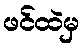
ဖင်ထဲမှ